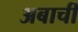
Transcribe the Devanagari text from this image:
अबाची